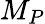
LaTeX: M_{P}